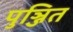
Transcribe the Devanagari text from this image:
पुञ्जित